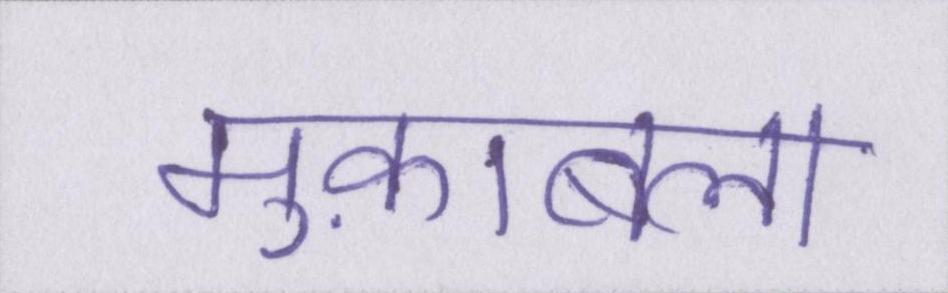
मुक़ाबला